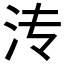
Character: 𬇘